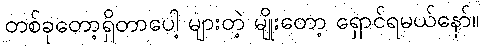
တစ်ခုတော့ရှိတာပေါ့ များတဲ့ မျိုးတော့ ရှောင်ရမယ်နော်။